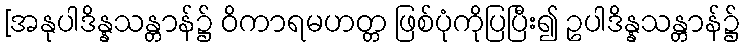
[အနုပါဒိန္နသန္တာန်၌ ဝိကာရမဟတ္တ ဖြစ်ပုံကိုပြပြီး၍ ဥပါဒိန္နသန္တာန်၌